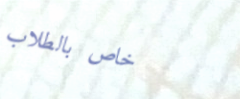
خاص بالطلاب